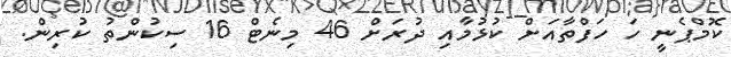
ކޮމްޕެނީ ހަ ހަފްތާއަށް ކުޅުމާއި ދުރަށް 46 މިނެޓް 16 ސިކުންތު ކުރިން.